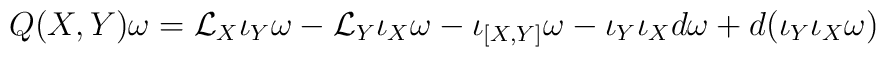
Q(X,Y)\omega = {\cal L}_X \iota_Y \omega - 	{\cal L}_Y \iota_X \omega - \iota_{[X,Y]}\omega	- \iota_Y \iota_X d\omega + d(\iota_Y\iota_X \omega)